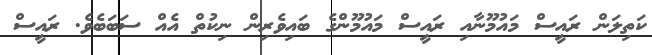
ކަތިލަން ރައީސް މައުމޫނާއި ރައީސް މައުމޫންގެ ބައިވެރިން ނިކުތް އެއް ސަބަބެވެ. ރައީސް